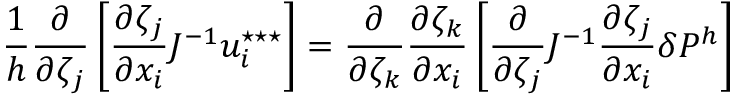
\frac { 1 } { { h } } \frac { \partial } { \partial \zeta _ { j } } \left[ \frac { \partial \zeta _ { j } } { \partial x _ { i } } J ^ { - 1 } u _ { i } ^ { \star \star \star } \right] = \frac { \partial } { \partial \zeta _ { k } } \frac { \partial \zeta _ { k } } { \partial x _ { i } } \left[ \frac { \partial } { \partial \zeta _ { j } } J ^ { - 1 } \frac { \partial \zeta _ { j } } { \partial x _ { i } } \delta P ^ { { h } } \right]